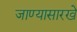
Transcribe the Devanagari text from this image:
जाण्यासारखे